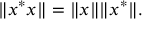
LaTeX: \| x ^ { * } x \| = \| x \| \| x ^ { * } \| .